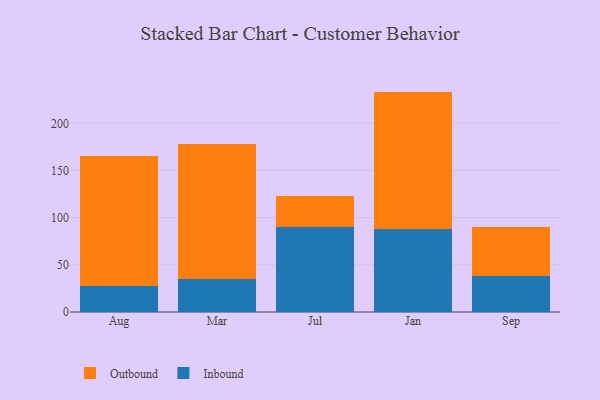
{"axis": {"x": "Month", "y": "LTV (USD)"}, "legend": ["Inbound", "Outbound"], "data": [{"x": "Aug", "y": 27.4, "type": "Inbound"}, {"x": "Aug", "y": 137.7, "type": "Outbound"}, {"x": "Mar", "y": 35.1, "type": "Inbound"}, {"x": "Mar", "y": 143.3, "type": "Outbound"}, {"x": "Jul", "y": 90.3, "type": "Inbound"}, {"x": "Jul", "y": 32.5, "type": "Outbound"}, {"x": "Jan", "y": 88.5, "type": "Inbound"}, {"x": "Jan", "y": 145.1, "type": "Outbound"}, {"x": "Sep", "y": 37.8, "type": "Inbound"}, {"x": "Sep", "y": 52.7, "type": "Outbound"}]}